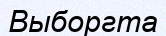
Выборгта